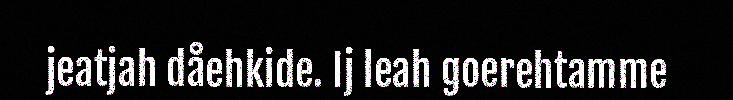
jeatjah dåehkide. Ij leah goerehtamme